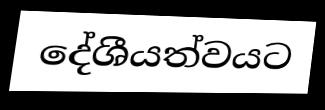
දේශීයත්වයට